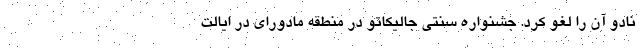
نادو آن را لغو کرد. جشنواره سنتی جالیکاتو در منطقه مادورای در ایالت